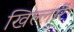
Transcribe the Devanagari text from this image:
खिल्लारें